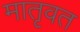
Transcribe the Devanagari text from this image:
मातृवत